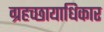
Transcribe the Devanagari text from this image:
ग्रहच्छायाधिकार